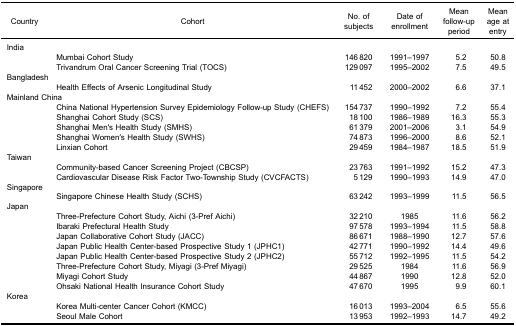
<table><thead><tr><td><b>Country</b></td><td><b>Cohort</b></td><td><b>No. of subjects</b></td><td><b>Date of enrollment</b></td><td><b>Mean follow-up period</b></td><td><b>Mean age at entry</b></td></tr></thead><tbody><tr><td>India</td><td> </td><td> </td><td> </td><td> </td><td> </td></tr><tr><td> </td><td>Mumbai Cohort Study</td><td>146 820</td><td>1991–1997</td><td>5.2</td><td>50.8</td></tr><tr><td> </td><td>Trivandrum Oral Cancer Screening Trial (TOCS)</td><td>129 097</td><td>1995–2002</td><td>7.5</td><td>49.5</td></tr><tr><td colspan="2">Bangladesh</td><td> </td><td> </td><td> </td><td> </td></tr><tr><td> </td><td>Health Effects of Arsenic Longitudinal Study</td><td>11 452</td><td>2000–2002</td><td>6.6</td><td>37.1</td></tr><tr><td colspan="2">Mainland China</td><td> </td><td> </td><td> </td><td> </td></tr><tr><td> </td><td>China National Hypertension Survey Epidemiology Follow-up Study (CHEFS)</td><td>154 737</td><td>1990–1992</td><td>7.2</td><td>55.4</td></tr><tr><td> </td><td>Shanghai Cohort Study (SCS)</td><td>18 100</td><td>1986–1989</td><td>16.3</td><td>55.3</td></tr><tr><td> </td><td>Shanghai Men′s Health Study (SMHS)</td><td>61 379</td><td>2001–2006</td><td>3.1</td><td>54.9</td></tr><tr><td> </td><td>Shanghai Women′s Health Study (SWHS)</td><td>74 873</td><td>1996–2000</td><td>8.6</td><td>52.1</td></tr><tr><td> </td><td>Linxian Cohort</td><td>29 459</td><td>1984–1987</td><td>18.5</td><td>51.9</td></tr><tr><td>Taiwan</td><td> </td><td> </td><td> </td><td> </td><td> </td></tr><tr><td> </td><td>Community-based Cancer Screening Project (CBCSP)</td><td>23 763</td><td>1991–1992</td><td>15.2</td><td>47.3</td></tr><tr><td> </td><td>Cardiovascular Disease Risk Factor Two-Township Study (CVCFACTS)</td><td>5 129</td><td>1990–1993</td><td>14.9</td><td>47.0</td></tr><tr><td>Singapore</td><td> </td><td> </td><td> </td><td> </td><td> </td></tr><tr><td> </td><td>Singapore Chinese Health Study (SCHS)</td><td>63 242</td><td>1993–1999</td><td>11.5</td><td>56.5</td></tr><tr><td>Japan</td><td> </td><td> </td><td> </td><td> </td><td> </td></tr><tr><td> </td><td>Three-Prefecture Cohort Study, Aichi (3-Pref Aichi)</td><td>32 210</td><td>1985</td><td>11.6</td><td>56.2</td></tr><tr><td> </td><td>Ibaraki Prefectural Health Study</td><td>97 578</td><td>1993–1994</td><td>11.5</td><td>58.8</td></tr><tr><td> </td><td>Japan Collaborative Cohort Study (JACC)</td><td>86 671</td><td>1988–1990</td><td>12.7</td><td>57.6</td></tr><tr><td> </td><td>Japan Public Health Center-based Prospective Study 1 (JPHC1)</td><td>42 771</td><td>1990–1992</td><td>14.4</td><td>49.6</td></tr><tr><td> </td><td>Japan Public Health Center-based Prospective Study 2 (JPHC2)</td><td>55 712</td><td>1992–1995</td><td>11.5</td><td>54.2</td></tr><tr><td> </td><td>Three-Prefecture Cohort Study, Miyagi (3-Pref Miyagi)</td><td>29 525</td><td>1984</td><td>11.6</td><td>56.9</td></tr><tr><td> </td><td>Miyagi Cohort Study</td><td>44 867</td><td>1990</td><td>12.8</td><td>52.0</td></tr><tr><td> </td><td>Ohsaki National Health Insurance Cohort Study</td><td>47 670</td><td>1995</td><td>9.9</td><td>60.1</td></tr><tr><td>Korea</td><td> </td><td> </td><td> </td><td> </td><td> </td></tr><tr><td> </td><td>Korea Multi-center Cancer Cohort (KMCC)</td><td>16 013</td><td>1993–2004</td><td>6.5</td><td>55.6</td></tr><tr><td> </td><td>Seoul Male Cohort</td><td>13 953</td><td>1992–1993</td><td>14.7</td><td>49.2</td></tr></tbody></table>